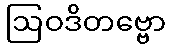
ဩဝဒိတဗ္ဗော